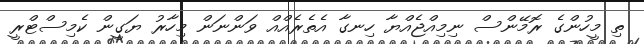
ތި މީހުންގެ ރޮމޭންސް ނިމިއްޖެއްޔާ ހިނގާ އެތެރެއްއް ވަންނަން މިހާރު ޔަގީން ކެމިސްޓްރީ